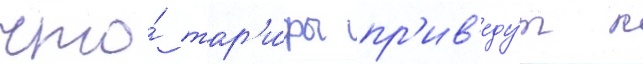
что́ тар'и́фы пр'ив'еду́т к